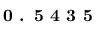
\textbf { 0 . 5 4 3 5 }